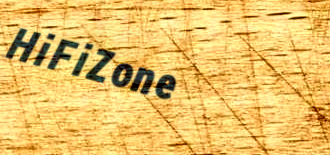
HiFiZone